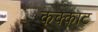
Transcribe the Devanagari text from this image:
कक्काट